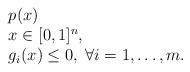
LaTeX: \begin{align*}\begin{array}{llr} & p(x) \\ & x\in [0,1]^n, \\& g_i(x)\le 0,\; \forall i=1,\dots,m.\end{array}\end{align*}